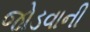
જોડવાની